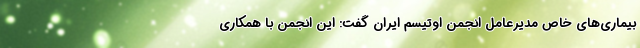
بیماری‌های خاص مدیرعامل انجمن اوتیسم ایران گفت: این انجمن با همکاری